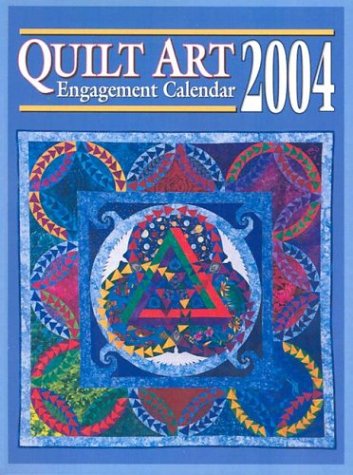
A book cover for Quilt Art; Klaudeen Hansen; Calendars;